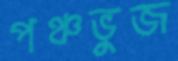
পঞ্চভুজ